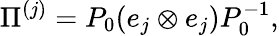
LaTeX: \Pi^{(j)}=P_{0}(e_{j}\otimes e_{j})P_{0}^{-1},